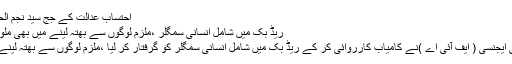
احتساب عدالت کے جج سید نجم الحسن نے مزید پڑھیں
ریڈ بک میں شامل انسانی سمگلر ،ملزم لوگوں سے بھتہ لینے میں بھی ملوث تھا ‘ ایف آئی اے
لاہور:وفاقی تحقیقاتی ایجنسی ( ایف آئی اے )نے کامیاب کارروائی کر کے ریڈ بک میں شامل انسانی سمگلر کو گرفتار کر لیا ،ملزم لوگوں سے بھتہ لینے میں بھی ملوث تھا۔